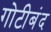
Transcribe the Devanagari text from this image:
गोटीबंद